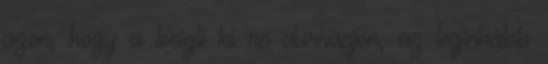
azon, hogy a beigli ki ne durranjon, az leginkább